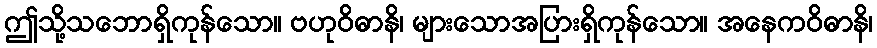
ဤသို့သဘောရှိကုန်သော။ ဗဟုဝိဓာနိ၊ များသောအပြားရှိကုန်သော။ အနေကဝိဓာနိ၊